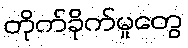
တိုက်ခိုက်မှုတွေ